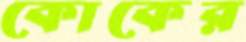
কোকের